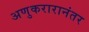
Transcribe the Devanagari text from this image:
अणुकरारानंतर